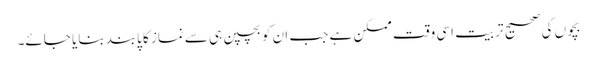
بچوں کی صحیح تربیت اسی وقت ممکن ہے جب ان کوبچپن ہی سےنماز کا پابند بنایا جائے۔